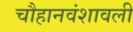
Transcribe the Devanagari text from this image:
चौहानवंशावली